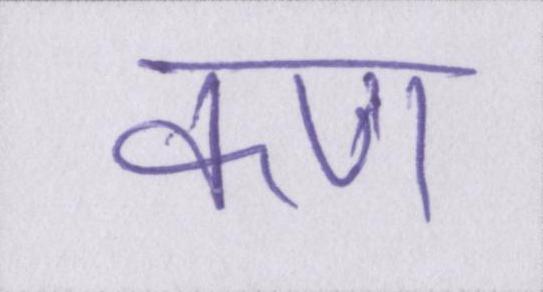
कण